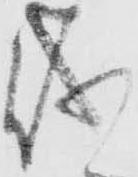
儀